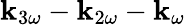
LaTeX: \mathbf{k}_{3\omega}-\mathbf{k}_{2\omega}-\mathbf{k}_{\omega}